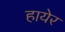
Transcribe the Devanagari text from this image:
हायेर